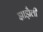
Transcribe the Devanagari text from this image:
झाड़ौली